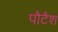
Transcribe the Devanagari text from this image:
पौटैश